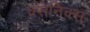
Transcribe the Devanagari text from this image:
क्सेनिक्स